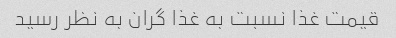
قیمت غذا نسبت به غذا گران به نظر رسید